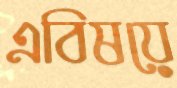
এবিষয়ে